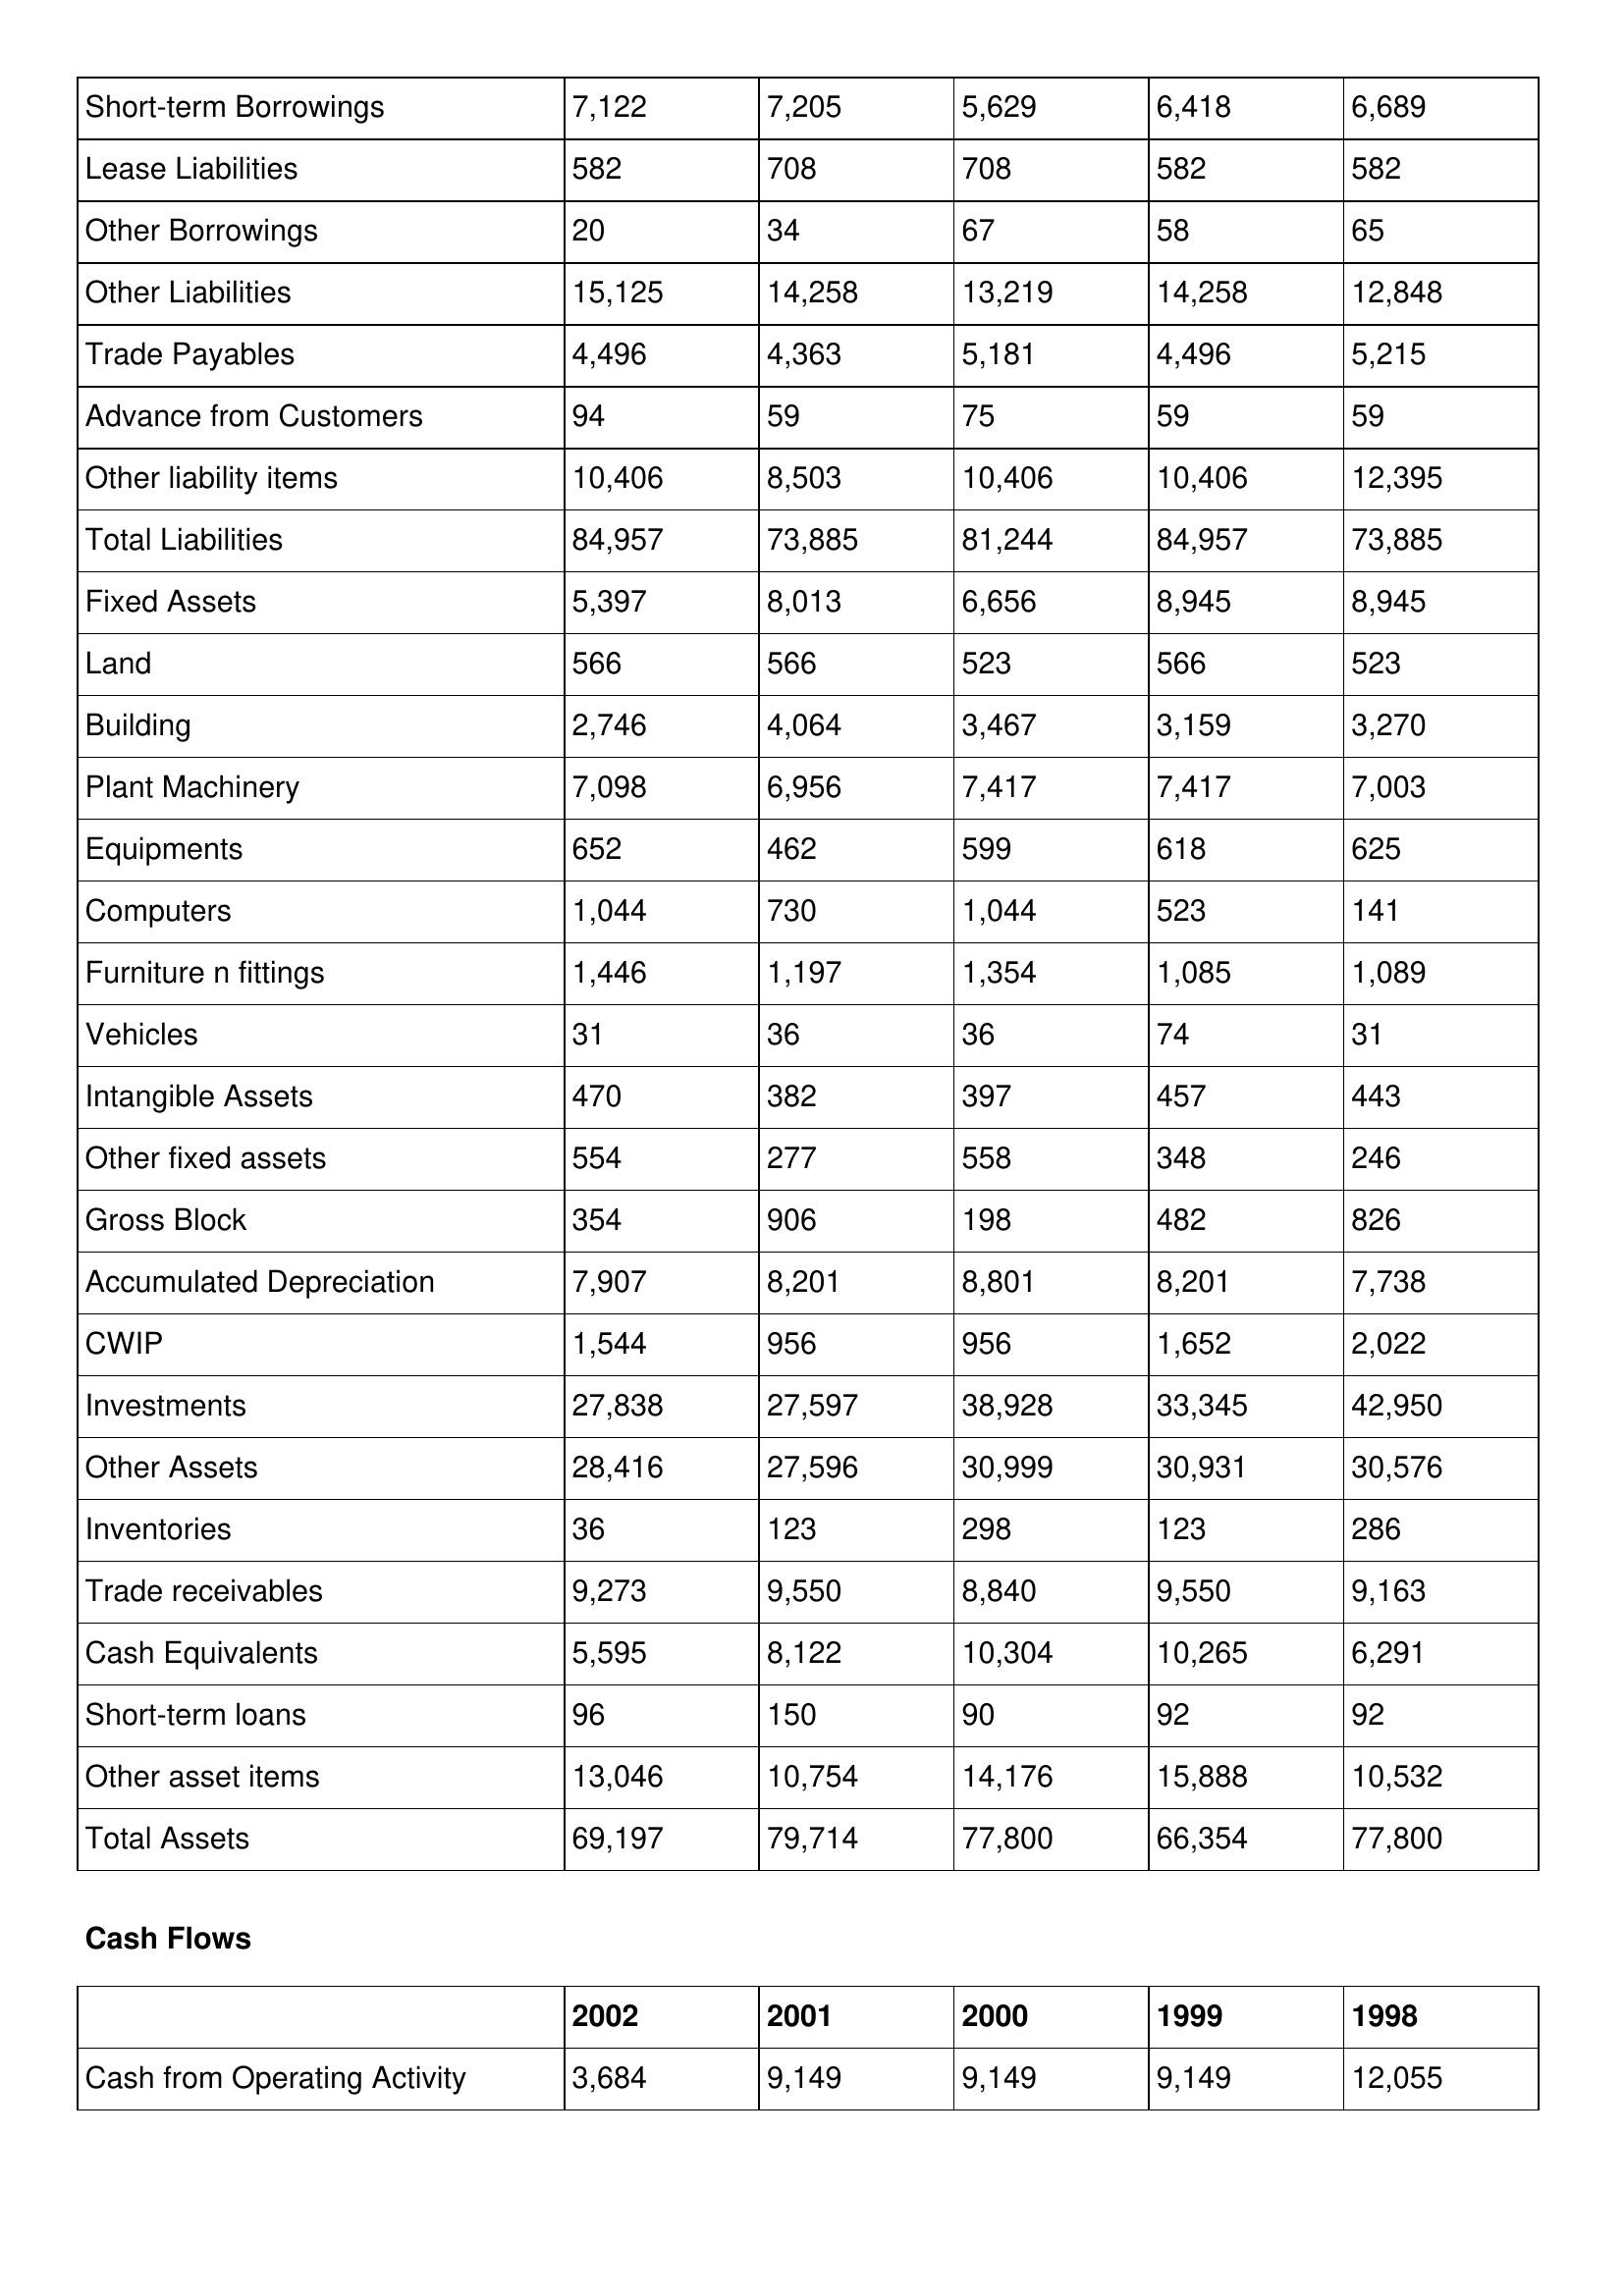
gt_parse: 2002: Balance Sheet: Short-term Borrowings: 7,122
Lease Liabilities: 582
Other Borrowings: 20
Other Liabilities: 15,125
Trade Payables: 4,496
Advance from Customers: 94
Other liability items: 10,406
Total Liabilities: 84,957
Fixed Assets: 5,397
Land: 566
Building: 2,746
Plant Machinery: 7,098
Equipments: 652
Computers: 1,044
Furniture n fittings: 1,446
Vehicles: 31
Intangible Assets: 470
Other fixed assets: 554
Gross Block: 354
Accumulated Depreciation: 7,907
CWIP: 1,544
Investments: 27,838
Other Assets: 28,416
Inventories: 36
Trade receivables: 9,273
Cash Equivalents: 5,595
Short-term loans: 96
Other asset items: 13,046
Total Assets: 69,197
Cash Flows: Cash from Operating Activity: 3,684
2001: Balance Sheet: Short-term Borrowings: 7,205
Lease Liabilities: 708
Other Borrowings: 34
Other Liabilities: 14,258
Trade Payables: 4,363
Advance from Customers: 59
Other liability items: 8,503
Total Liabilities: 73,885
Fixed Assets: 8,013
Land: 566
Building: 4,064
Plant Machinery: 6,956
Equipments: 462
Computers: 730
Furniture n fittings: 1,197
Vehicles: 36
Intangible Assets: 382
Other fixed assets: 277
Gross Block: 906
Accumulated Depreciation: 8,201
CWIP: 956
Investments: 27,597
Other Assets: 27,596
Inventories: 123
Trade receivables: 9,550
Cash Equivalents: 8,122
Short-term loans: 150
Other asset items: 10,754
Total Assets: 79,714
Cash Flows: Cash from Operating Activity: 9,149
2000: Balance Sheet: Short-term Borrowings: 5,629
Lease Liabilities: 708
Other Borrowings: 67
Other Liabilities: 13,219
Trade Payables: 5,181
Advance from Customers: 75
Other liability items: 10,406
Total Liabilities: 81,244
Fixed Assets: 6,656
Land: 523
Building: 3,467
Plant Machinery: 7,417
Equipments: 599
Computers: 1,044
Furniture n fittings: 1,354
Vehicles: 36
Intangible Assets: 397
Other fixed assets: 558
Gross Block: 198
Accumulated Depreciation: 8,801
CWIP: 956
Investments: 38,928
Other Assets: 30,999
Inventories: 298
Trade receivables: 8,840
Cash Equivalents: 10,304
Short-term loans: 90
Other asset items: 14,176
Total Assets: 77,800
Cash Flows: Cash from Operating Activity: 9,149
1999: Balance Sheet: Short-term Borrowings: 6,418
Lease Liabilities: 582
Other Borrowings: 58
Other Liabilities: 14,258
Trade Payables: 4,496
Advance from Customers: 59
Other liability items: 10,406
Total Liabilities: 84,957
Fixed Assets: 8,945
Land: 566
Building: 3,159
Plant Machinery: 7,417
Equipments: 618
Computers: 523
Furniture n fittings: 1,085
Vehicles: 74
Intangible Assets: 457
Other fixed assets: 348
Gross Block: 482
Accumulated Depreciation: 8,201
CWIP: 1,652
Investments: 33,345
Other Assets: 30,931
Inventories: 123
Trade receivables: 9,550
Cash Equivalents: 10,265
Short-term loans: 92
Other asset items: 15,888
Total Assets: 66,354
Cash Flows: Cash from Operating Activity: 9,149
1998: Balance Sheet: Short-term Borrowings: 6,689
Lease Liabilities: 582
Other Borrowings: 65
Other Liabilities: 12,848
Trade Payables: 5,215
Advance from Customers: 59
Other liability items: 12,395
Total Liabilities: 73,885
Fixed Assets: 8,945
Land: 523
Building: 3,270
Plant Machinery: 7,003
Equipments: 625
Computers: 141
Furniture n fittings: 1,089
Vehicles: 31
Intangible Assets: 443
Other fixed assets: 246
Gross Block: 826
Accumulated Depreciation: 7,738
CWIP: 2,022
Investments: 42,950
Other Assets: 30,576
Inventories: 286
Trade receivables: 9,163
Cash Equivalents: 6,291
Short-term loans: 92
Other asset items: 10,532
Total Assets: 77,800
Cash Flows: Cash from Operating Activity: 12,055